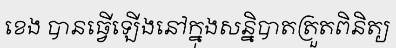
ខេង បានធ្វើឡើងនៅក្នុងសន្និបាតត្រួតពិនិត្យ